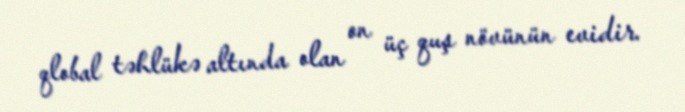
qlobal təhlükə altında olan on üç quş növünün evidir.